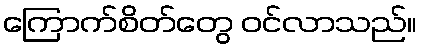
ကြောက်စိတ်တွေ ဝင်လာသည်။